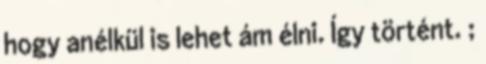
hogy anélkül is lehet ám élni. Így történt. ;